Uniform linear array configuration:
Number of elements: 16
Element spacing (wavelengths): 1
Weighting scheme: kaiser
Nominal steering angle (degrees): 30
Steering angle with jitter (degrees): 29.034
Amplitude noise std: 0.05
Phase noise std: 0.05

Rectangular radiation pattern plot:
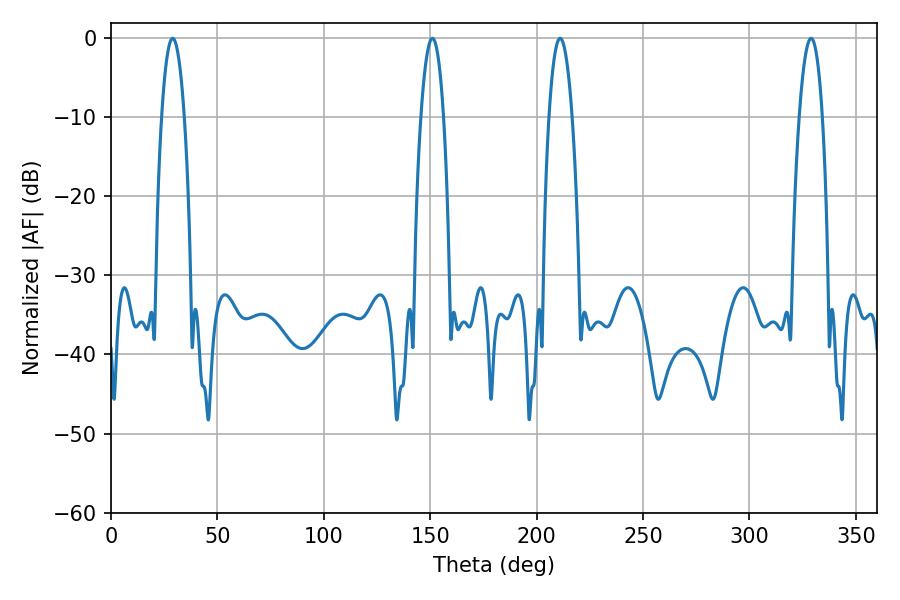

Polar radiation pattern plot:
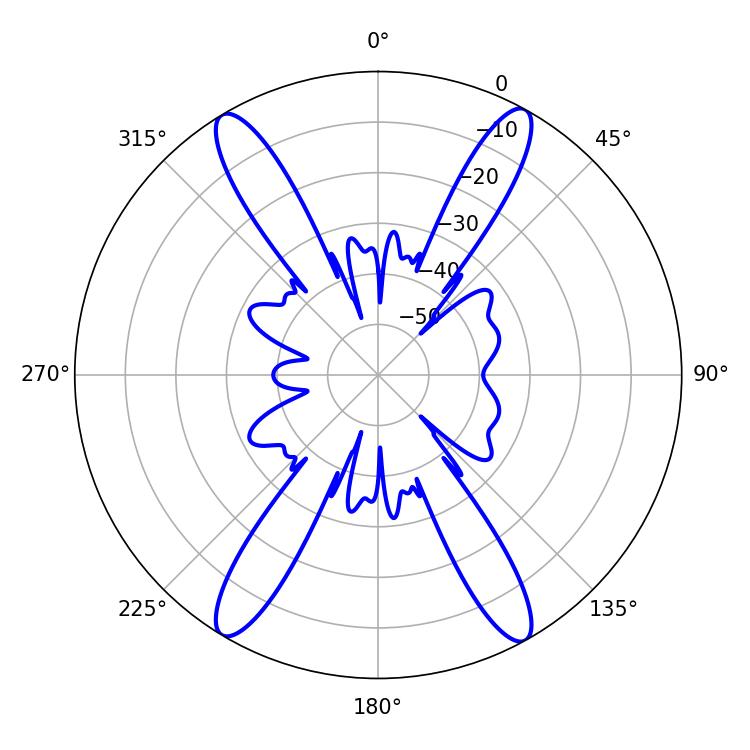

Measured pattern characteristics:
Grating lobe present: TRUE
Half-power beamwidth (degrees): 5.94
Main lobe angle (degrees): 28.98